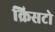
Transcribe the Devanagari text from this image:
क्रिसटो